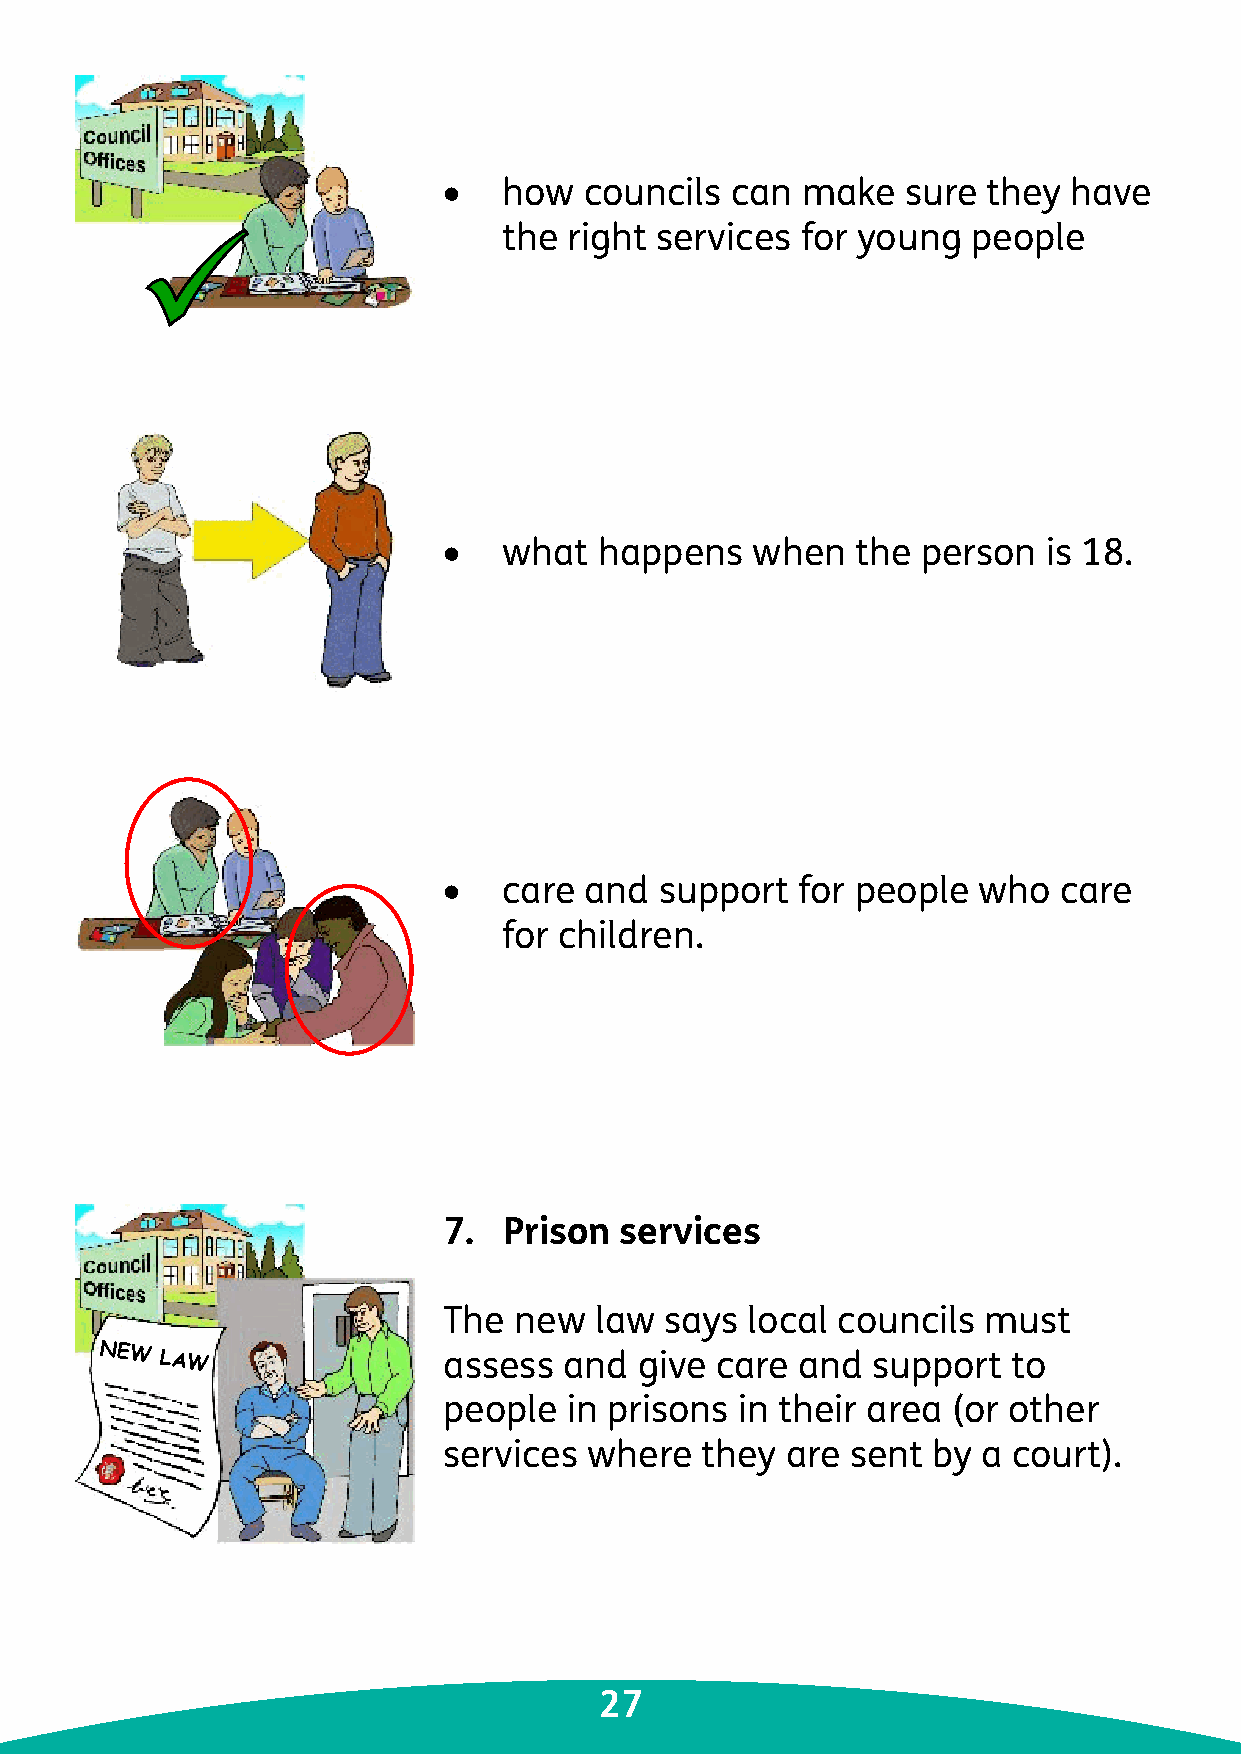
•   how   councils can  make   sure they  have
 the  right services for young  people
 •   what   happens   when   the person  is 18.
 •   care  and  support  for people  who  care
 for children.
 7.  Prison  services
 The  new  law  says local councils  must
 NEW
 LAW                assess  and  give care  and  support  to
 people  in prisons  in their area (or other
 services  where  they  are sent  by a court).
 27